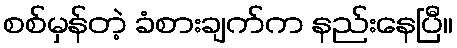
စစ်မှန်တဲ့ ခံစားချက်က နည်းနေပြီ။